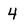
Character: 4